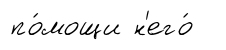
по́мощи н'его́